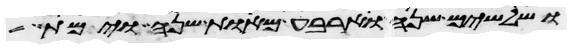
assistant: ושלשים שנה וארבע מאות שנה וימת